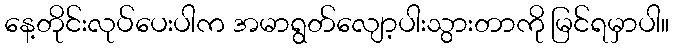
နေ့တိုင်းလုပ်ပေးပါက အမာရွတ်လျော့ပါးသွားတာကို မြင်ရမှာပါ။